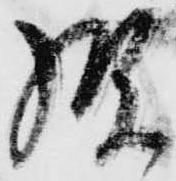
様